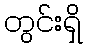
တွင်းရှိ